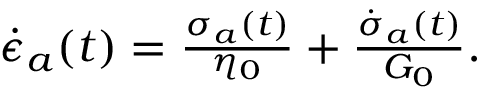
\begin{array} { r } { \dot { \epsilon } _ { a } ( t ) = \frac { \sigma _ { a } ( t ) } { \eta _ { 0 } } + \frac { \dot { \sigma } _ { a } ( t ) } { G _ { 0 } } . } \end{array}